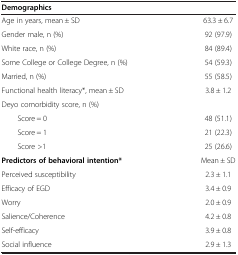
<table><thead><tr><td><b>Demographics</b></td><td><b> </b></td></tr></thead><tbody><tr><td>Age in years, mean ± SD</td><td>63.3 ± 6.7</td></tr><tr><td>Gender male, n (%)</td><td>92 (97.9)</td></tr><tr><td>White race, n (%)</td><td>84 (89.4)</td></tr><tr><td>Some College or College Degree, n (%)</td><td>54 (59.3)</td></tr><tr><td>Married, n (%)</td><td>55 (58.5)</td></tr><tr><td>Functional health literacy*, mean ± SD</td><td>3.8 ± 1.2</td></tr><tr><td>Deyo comorbidity score, n (%)</td><td> </td></tr><tr><td>Score = 0</td><td>48 (51.1)</td></tr><tr><td>Score = 1</td><td>21 (22.3)</td></tr><tr><td>Score &gt;1</td><td>25 (26.6)</td></tr><tr><td><b>Predictors of behavioral intention*</b></td><td>Mean ± SD</td></tr><tr><td>Perceived susceptibility</td><td>2.3 ± 1.1</td></tr><tr><td>Efficacy of EGD</td><td>3.4 ± 0.9</td></tr><tr><td>Worry</td><td>2.0 ± 0.9</td></tr><tr><td>Salience/Coherence</td><td>4.2 ± 0.8</td></tr><tr><td>Self-efficacy</td><td>3.9 ± 0.8</td></tr><tr><td>Social influence</td><td>2.9 ± 1.3</td></tr></tbody></table>